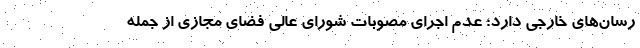
رسان‌های خارجی دارد؛ عدم اجرای مصوبات شورای عالی فضای مجازی از جمله